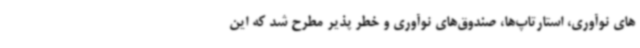
های نوآوری، استارتاپ‌ها، صندوق‌های نوآوری و خطر پذیر مطرح شد که این